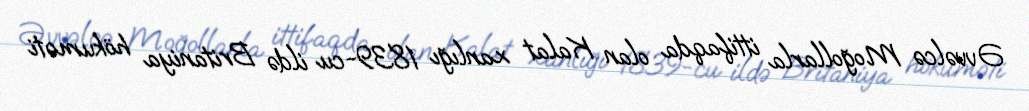
Əvvəlcə Moğollarla ittifaqda olan Kalat xanlığı 1839-cu ildə Britaniya hökuməti